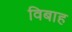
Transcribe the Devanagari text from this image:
विबाह